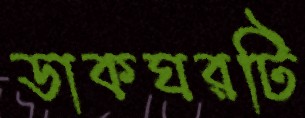
ডাকঘরটি